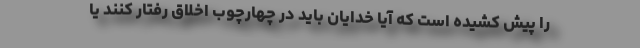
را پیش کشیده است که آیا خدایان باید در چهارچوب اخلاق رفتار کنند یا